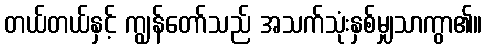
တယ်တယ်နှင့် ကျွန်တော်သည် အသက်သုံးနှစ်မျှသာကွာ၏။